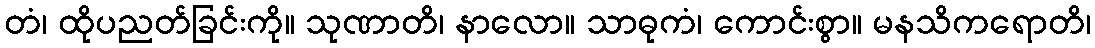
တံ၊ ထိုပညတ်ခြင်းကို။ သုဏာတိ၊ နာလော။ သာဓုကံ၊ ကောင်းစွာ။ မနသိကရောတိ၊